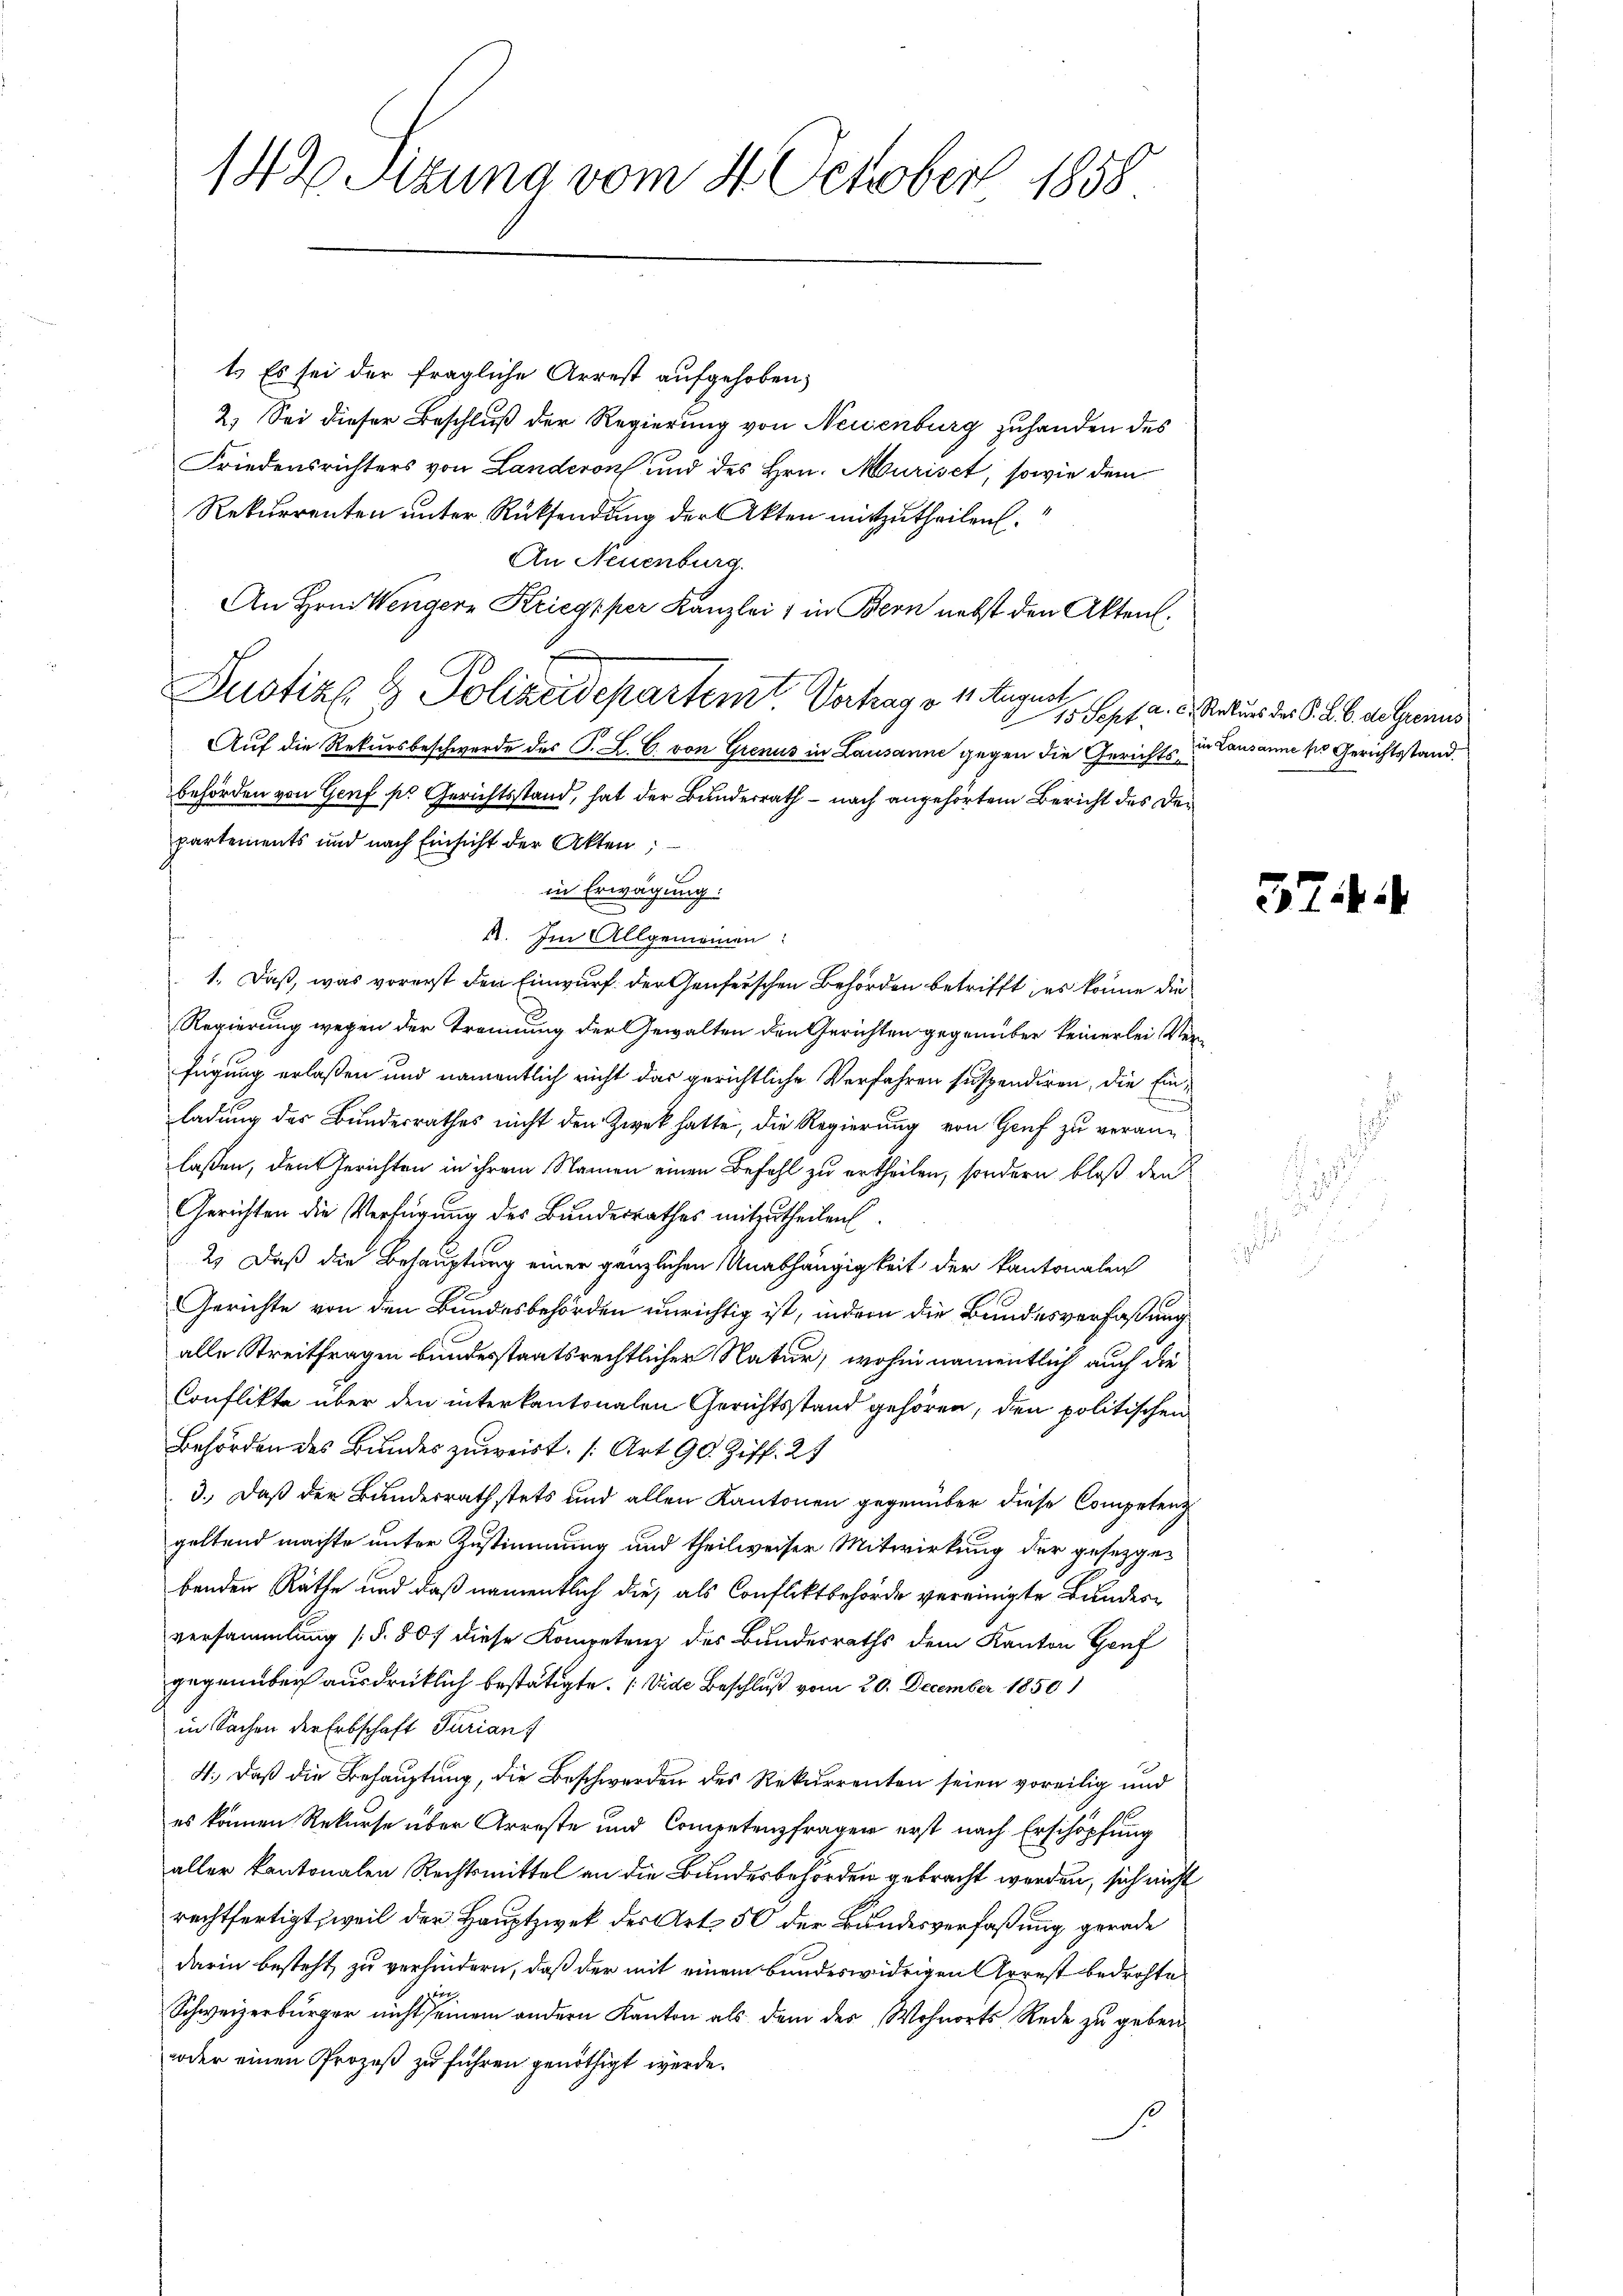
142 Sizung vom 4. October 1858

1. Es sei der fragliche Arrest aufgehoben;
2.) Sei dieser Beschluß der Regierung von Neuenburg zuhanden des
Friedensrichters von Landern und des Hrn. Muriset, sowie dem
Rekurrenten unter Rücksendung der Akten mitzutheilen.
An Neuenburg.
An Hrn. Wengern Kriegsper Kanzlei 1 in Bern nebst den Akten.
Justiz & Polizeidepartemt. Vortrag v. 1. Augen pfand nun der §. §. 6. d. Genus
.
Auf die Rekursbeschwerde des P. L. C. von Grenus in Lausanne gegen die Gerichts zu Lausanne so Gerichtsstand.
behörden von Genf ses Gerichtsstand, hat der Bundesrath – nach angehörtem Bericht des der
partements und nach Einsicht der Akten,
e
in Erwägung:
4. Im Allgemeinen:
1. Daß, was vorerst den Einwurf der Genferschen Behörden betrifft, es könne die
Regierung wegen der Trennung der Gewalten den Gerichten gegenüber keinerlei Verfügung erlaßen und namentlich nicht das gerichtliche Verfahren suspendiren, die Einladung des Bundesrathes nicht den Zwek hatte, die Regierung von Genf zu veranlassen, den Gerichten in ihrem Namen einen Befehl zu ertheilen, sondern bloß den
Gerichten die Verfügung des Bundesrathes mitzutheilen.
2.) Daß die Behauptung einer gänzlichen Unabhängigkeit der kantonalen
Gerichte von den Bundesbehörden unrichtig ist, indem die Bundesverfassung
alle Streitfragen bundesstaatsrechtlicher Natur, wohin namentlich auch die
Conflikte über den interkantonalen Gerichtsstand gehören, den politischen
Behörden des Bundes zuweist. (Art. 90. Ziff. 27
3.) Daß der Bundesrathstets und allen Kantonen gegenüber diese Competenz
geltend machte unter Zustimmung und theilweiser Mitwirkung der gesetzgebenden Räthe und daß namentlich die als Confliktbehörde vereinigte Bundesversammlung (§ 807 diese Kompetenz des Bundesraths dem Kanton Genf
gegenüber ausdrücklich bestätigte. (Vide Beschluß vom 20. December 1850)
in Sachen der Erbschaft Turian
4., Daß die Behauptung, die Beschwerden des Rekurrenten seien voreilig und
es können Rekurse über Arreste und Competenzfrager erst nach Erschöpfung
aller kantonalen Rechtsmittel an die Bundesbehörden gebracht werden, sich nicht
rechtfertigt, weil der Hauptzwek der Art. 50 der Bundesverfaßung gerade
darin besteht, zu verhindern, daß der mit einem bandeswidrigen Arrest bedrohte
u
Schweizerbürger nicht seinem andern Kanton als dem des Wohnorts Rede zu geben
woder einen Prozeß zu führen genöthigt werde.

574.